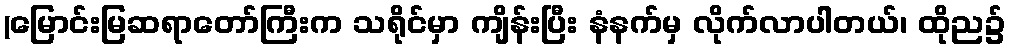
(မြောင်းမြဆရာတော်ကြီးက သရိုင်မှာ ကျိန်းပြီး နံနက်မှ လိုက်လာပါတယ်၊ ထိုည၌